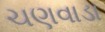
ચણવાડા